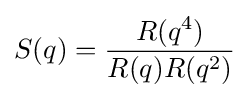
S(q)={\frac {R(q^{4})}{R(q)R(q^{2})}}